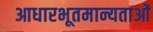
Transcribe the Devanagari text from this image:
आधारभूतमान्यताओं